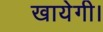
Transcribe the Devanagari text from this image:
खायेगी।